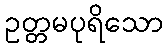
ဥတ္တမပုရိသော